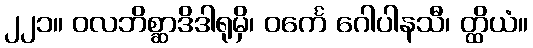
၂၂၁။ ဝလဘိစ္ဆာဒိဒါရုမှိ၊ ဝင်္ကေ ဂေါပါနသီ၊ တ္ထိယံ။